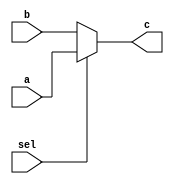
//selector2
module sel2(a, b, sel, c);
		input [23:0] a,b;
		input sel;
		output [23:0] c;

		assign c = (sel)? a:b;
	
endmodule